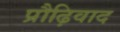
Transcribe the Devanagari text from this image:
प्रौढ़िवाद